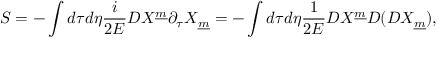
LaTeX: S = - \int d \tau d \eta { \frac { i } { 2 E } } D X ^ { \underline { { m } } } \partial _ { \tau } X _ { \underline { { m } } } = - \int d \tau d \eta { \frac { 1 } { 2 E } } D X ^ { \underline { { m } } } D ( D X _ { \underline { { m } } } ) ,